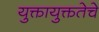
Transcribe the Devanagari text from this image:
युक्तायुक्ततेचे